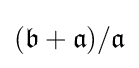
({\mathfrak {b}}+{\mathfrak {a}})/{\mathfrak {a}}